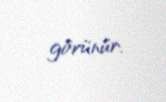
görünür.